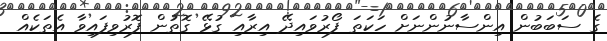
ގެ ސަބަބުން އިންސާނުންނަށް ހަކަތަ ފޯރުވައިދޭ އިރާއި ގުޅޭ ގޮތުން ފޮރުވިފައިވާ އެތަކެއް